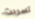
تسربت